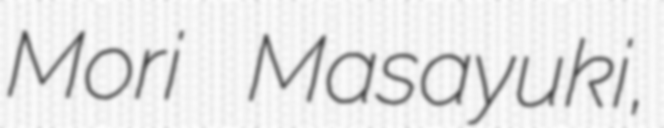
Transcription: Mori Masayuki,